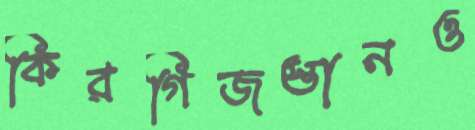
কিরগিজস্তানও